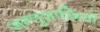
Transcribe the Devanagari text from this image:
जन्तुशास्त्रियों